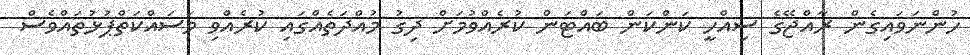
ހުންނަވައިގެން ރާއްޖޭގެ ސިއްހީ ކަންކަން ބައްޓަން ކުރެއްވުމަށް ދިގު މުއްދަތެއްގައި ކުރެއްވި މަސައްކަތްޕުޅުތައްވެސް